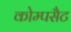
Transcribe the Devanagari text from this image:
कोम्पसैट